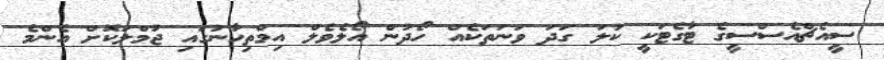
ސީއެޗްއެސްސީގެ ޓާގެޓަކީ ކުލަ ގަދަ ވަނަތަކެއް ހޯދުން އޯލެވެލް އިމްތިހާނުގައި ޖުމްލަކޮށް އެންމެ